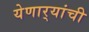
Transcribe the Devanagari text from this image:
येणार्‍यांची